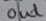
Text: out